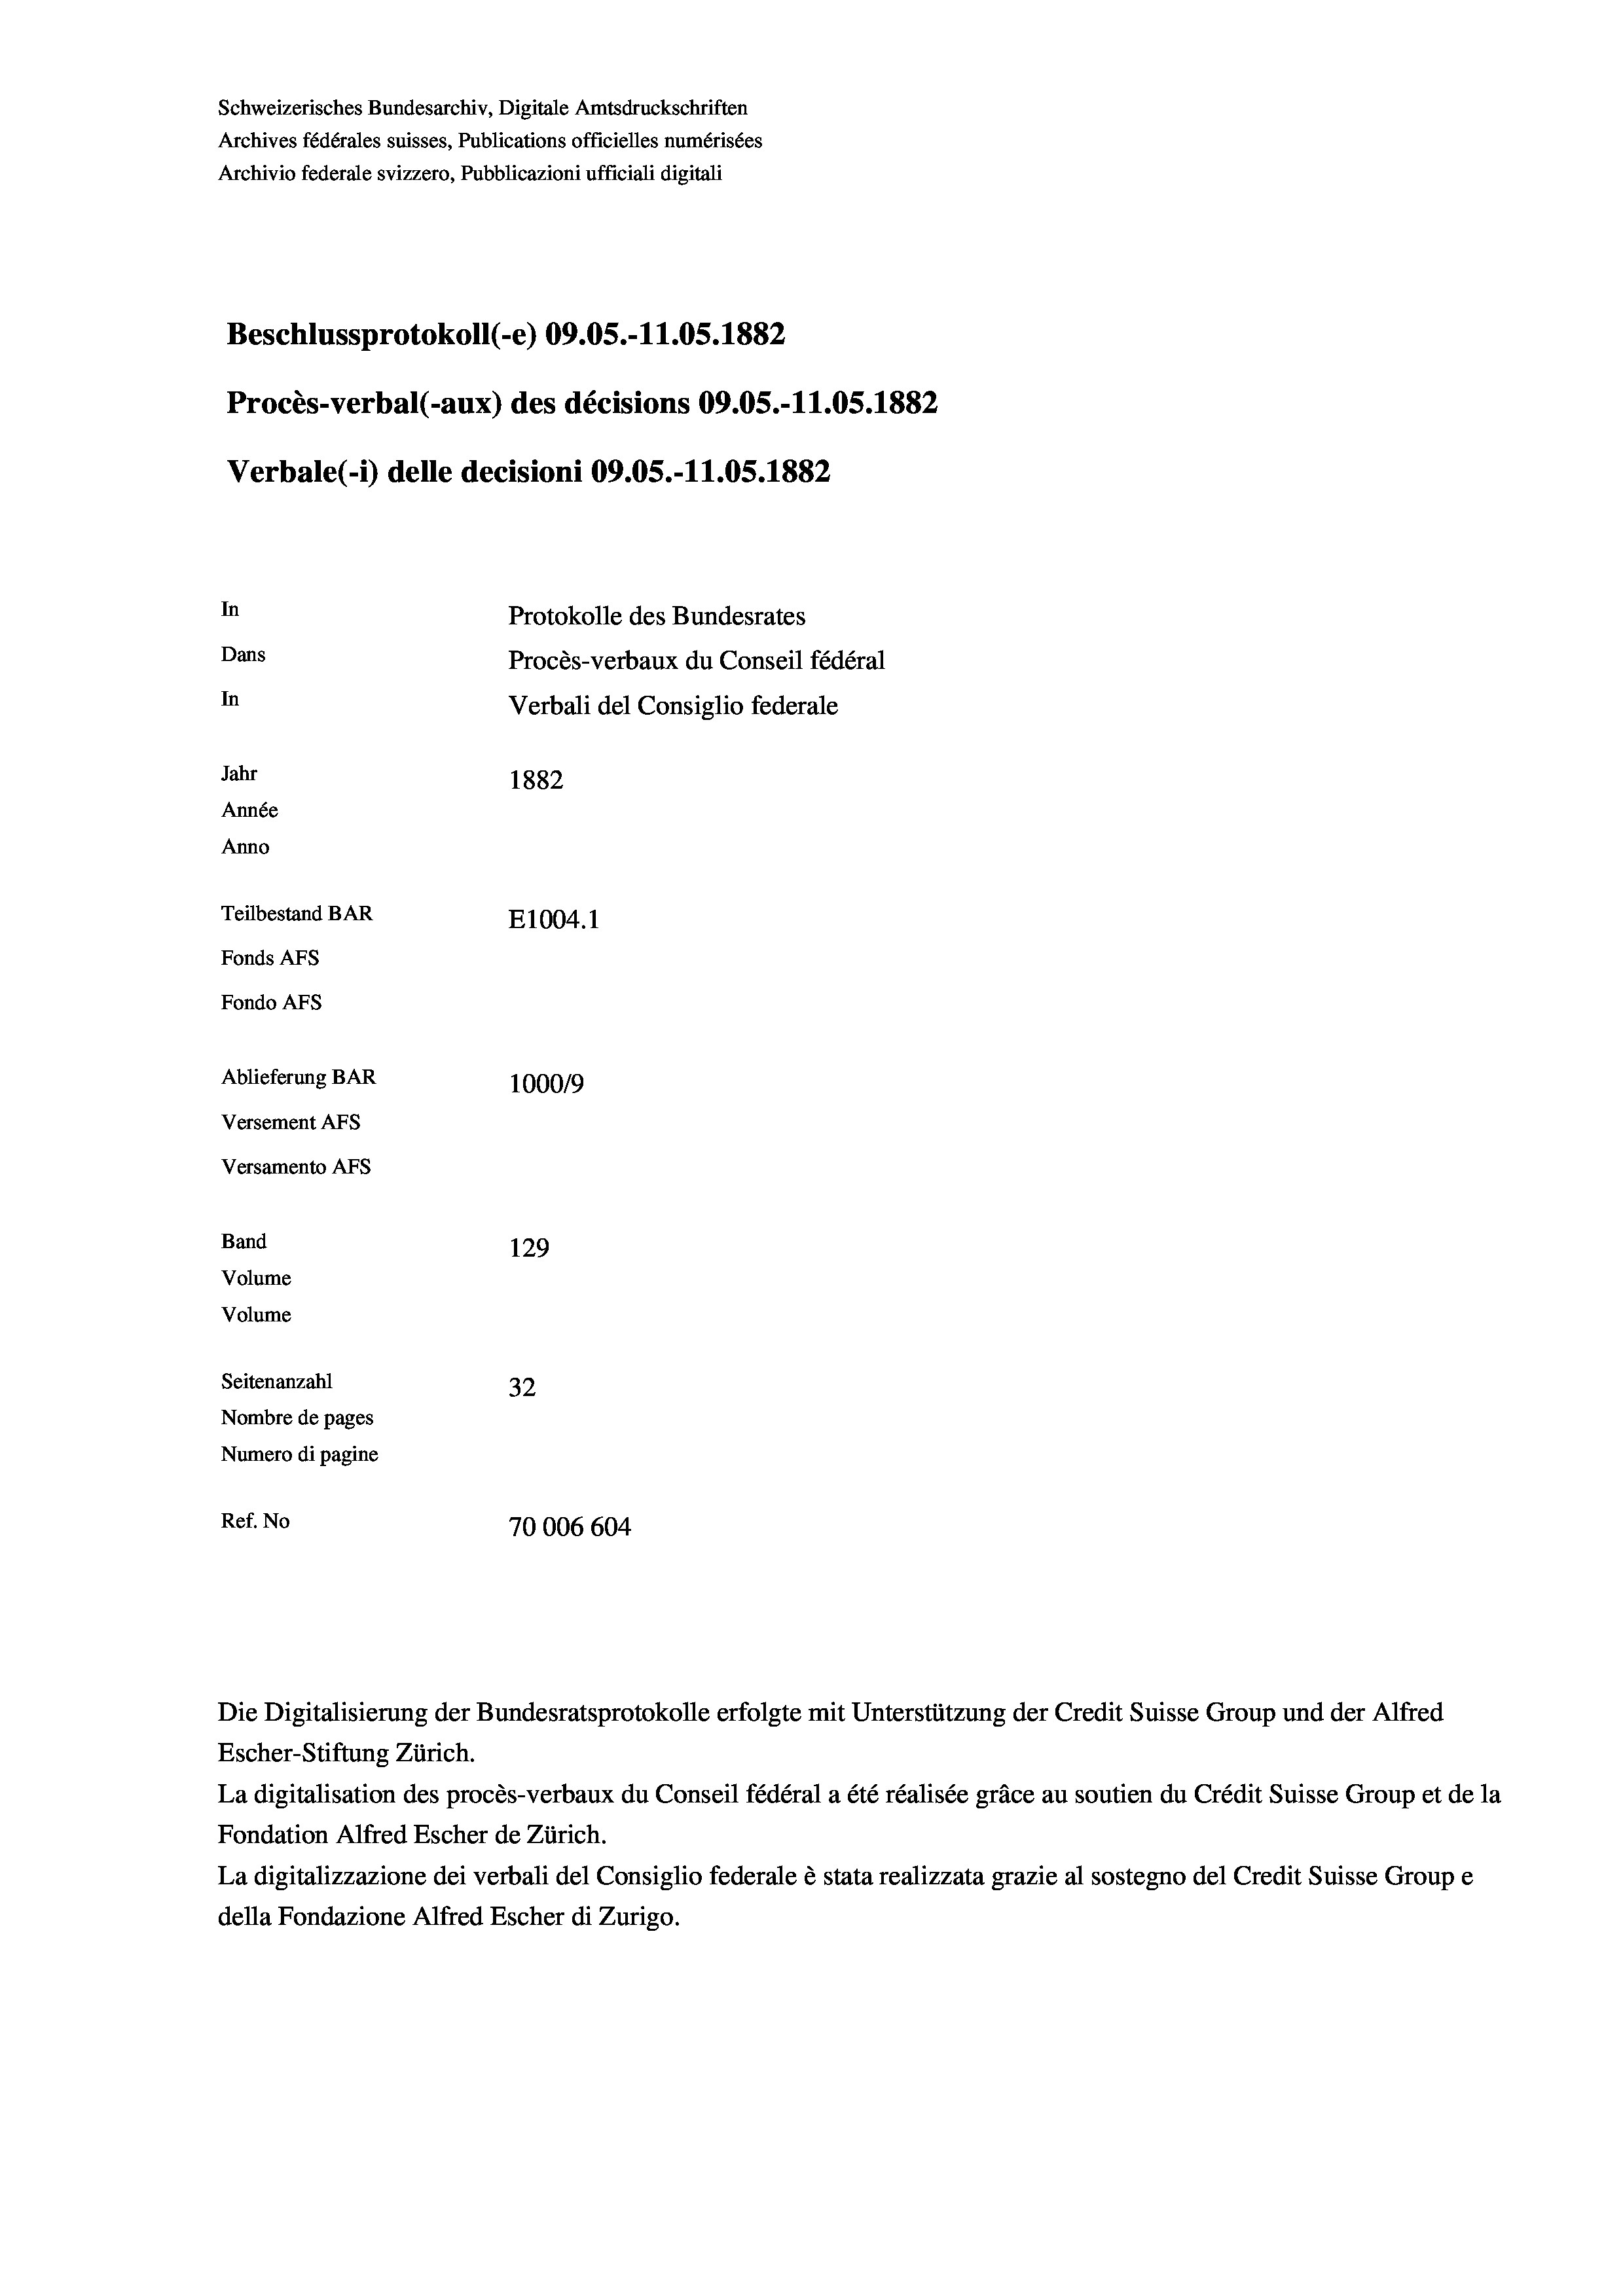
Schweizerisches Bundesarchiv, Digitale Amtsdruckschriften
Archives fédérales suisses, Publications officielles numérisées
Archivio federale svizzero, Pubblicazioni ufficiali digitali
Beschlussprotokoll (-e) 09.05.-11.05. 1882
Procès-verbal (-aux) des décisions 09.05.-11.05. 1882
Verbale (- 1) delle decisioni 09.05.-11.05. 1882
In
Protokolle des Bundesrates
Dans
Procès-verbaux du Conseil fédéral
In
Verbali del Consiglio federale
Jahr
1882
Année
Anno
Teilbestand BAR
E1004. 1
Fonds AFs
Fondo Afs
Ablieferung BAR
100019
Versement AFs
Versamento AFs
Band
129
Volume
Volume
Seitenanzahl
32
Nombre de pages
Numero di pagine
Ref. No
70006604

Die Digitalisierung der Bundesratsprotokolle erfolgte mit Unterstützung der Credit Suisse Group und der Alfred
Escher-Stiftung Zürich.
La digitalisation des procès-verbaux du Conseil fédéral a été réalisée gräce au soutien du Crédit Suisse Group et de la
Fondation Alfred Escher de Zürich.
La digitalizzazione dei verbali del Consiglio federale è stata realizzata grazie al sostegno del Credit Suisse Groupe
della Fondazione Alfred Escher di Zurigo.